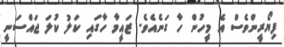
ފިޔޯރީންވެސް އެ މީހުން ހާ ގަނެއެވެ. ޒައީމާ ހާގައި ކަލު ކުލަ ޖައްސަނީ